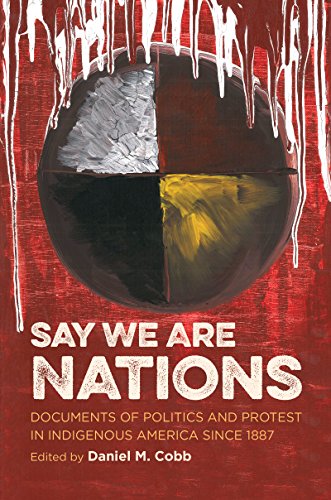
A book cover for Say We Are Nations: Documents of Politics and Protest in Indigenous America since 1887 (H. Eugene and Lillian Youngs Lehman Series); Daniel M. Cobb; History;